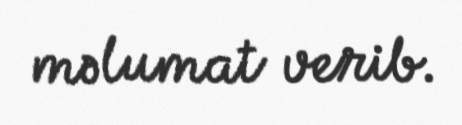
məlumat verib.